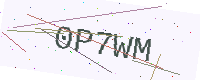
Text: 0P7WM